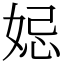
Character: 𡜱